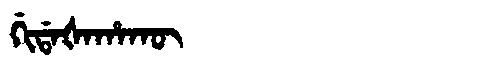
Manchu: ᡤᡳᡩᠠᡧᠠᡥᠠᡴᡡ
Romanization: GIDAŠAHAKŪ